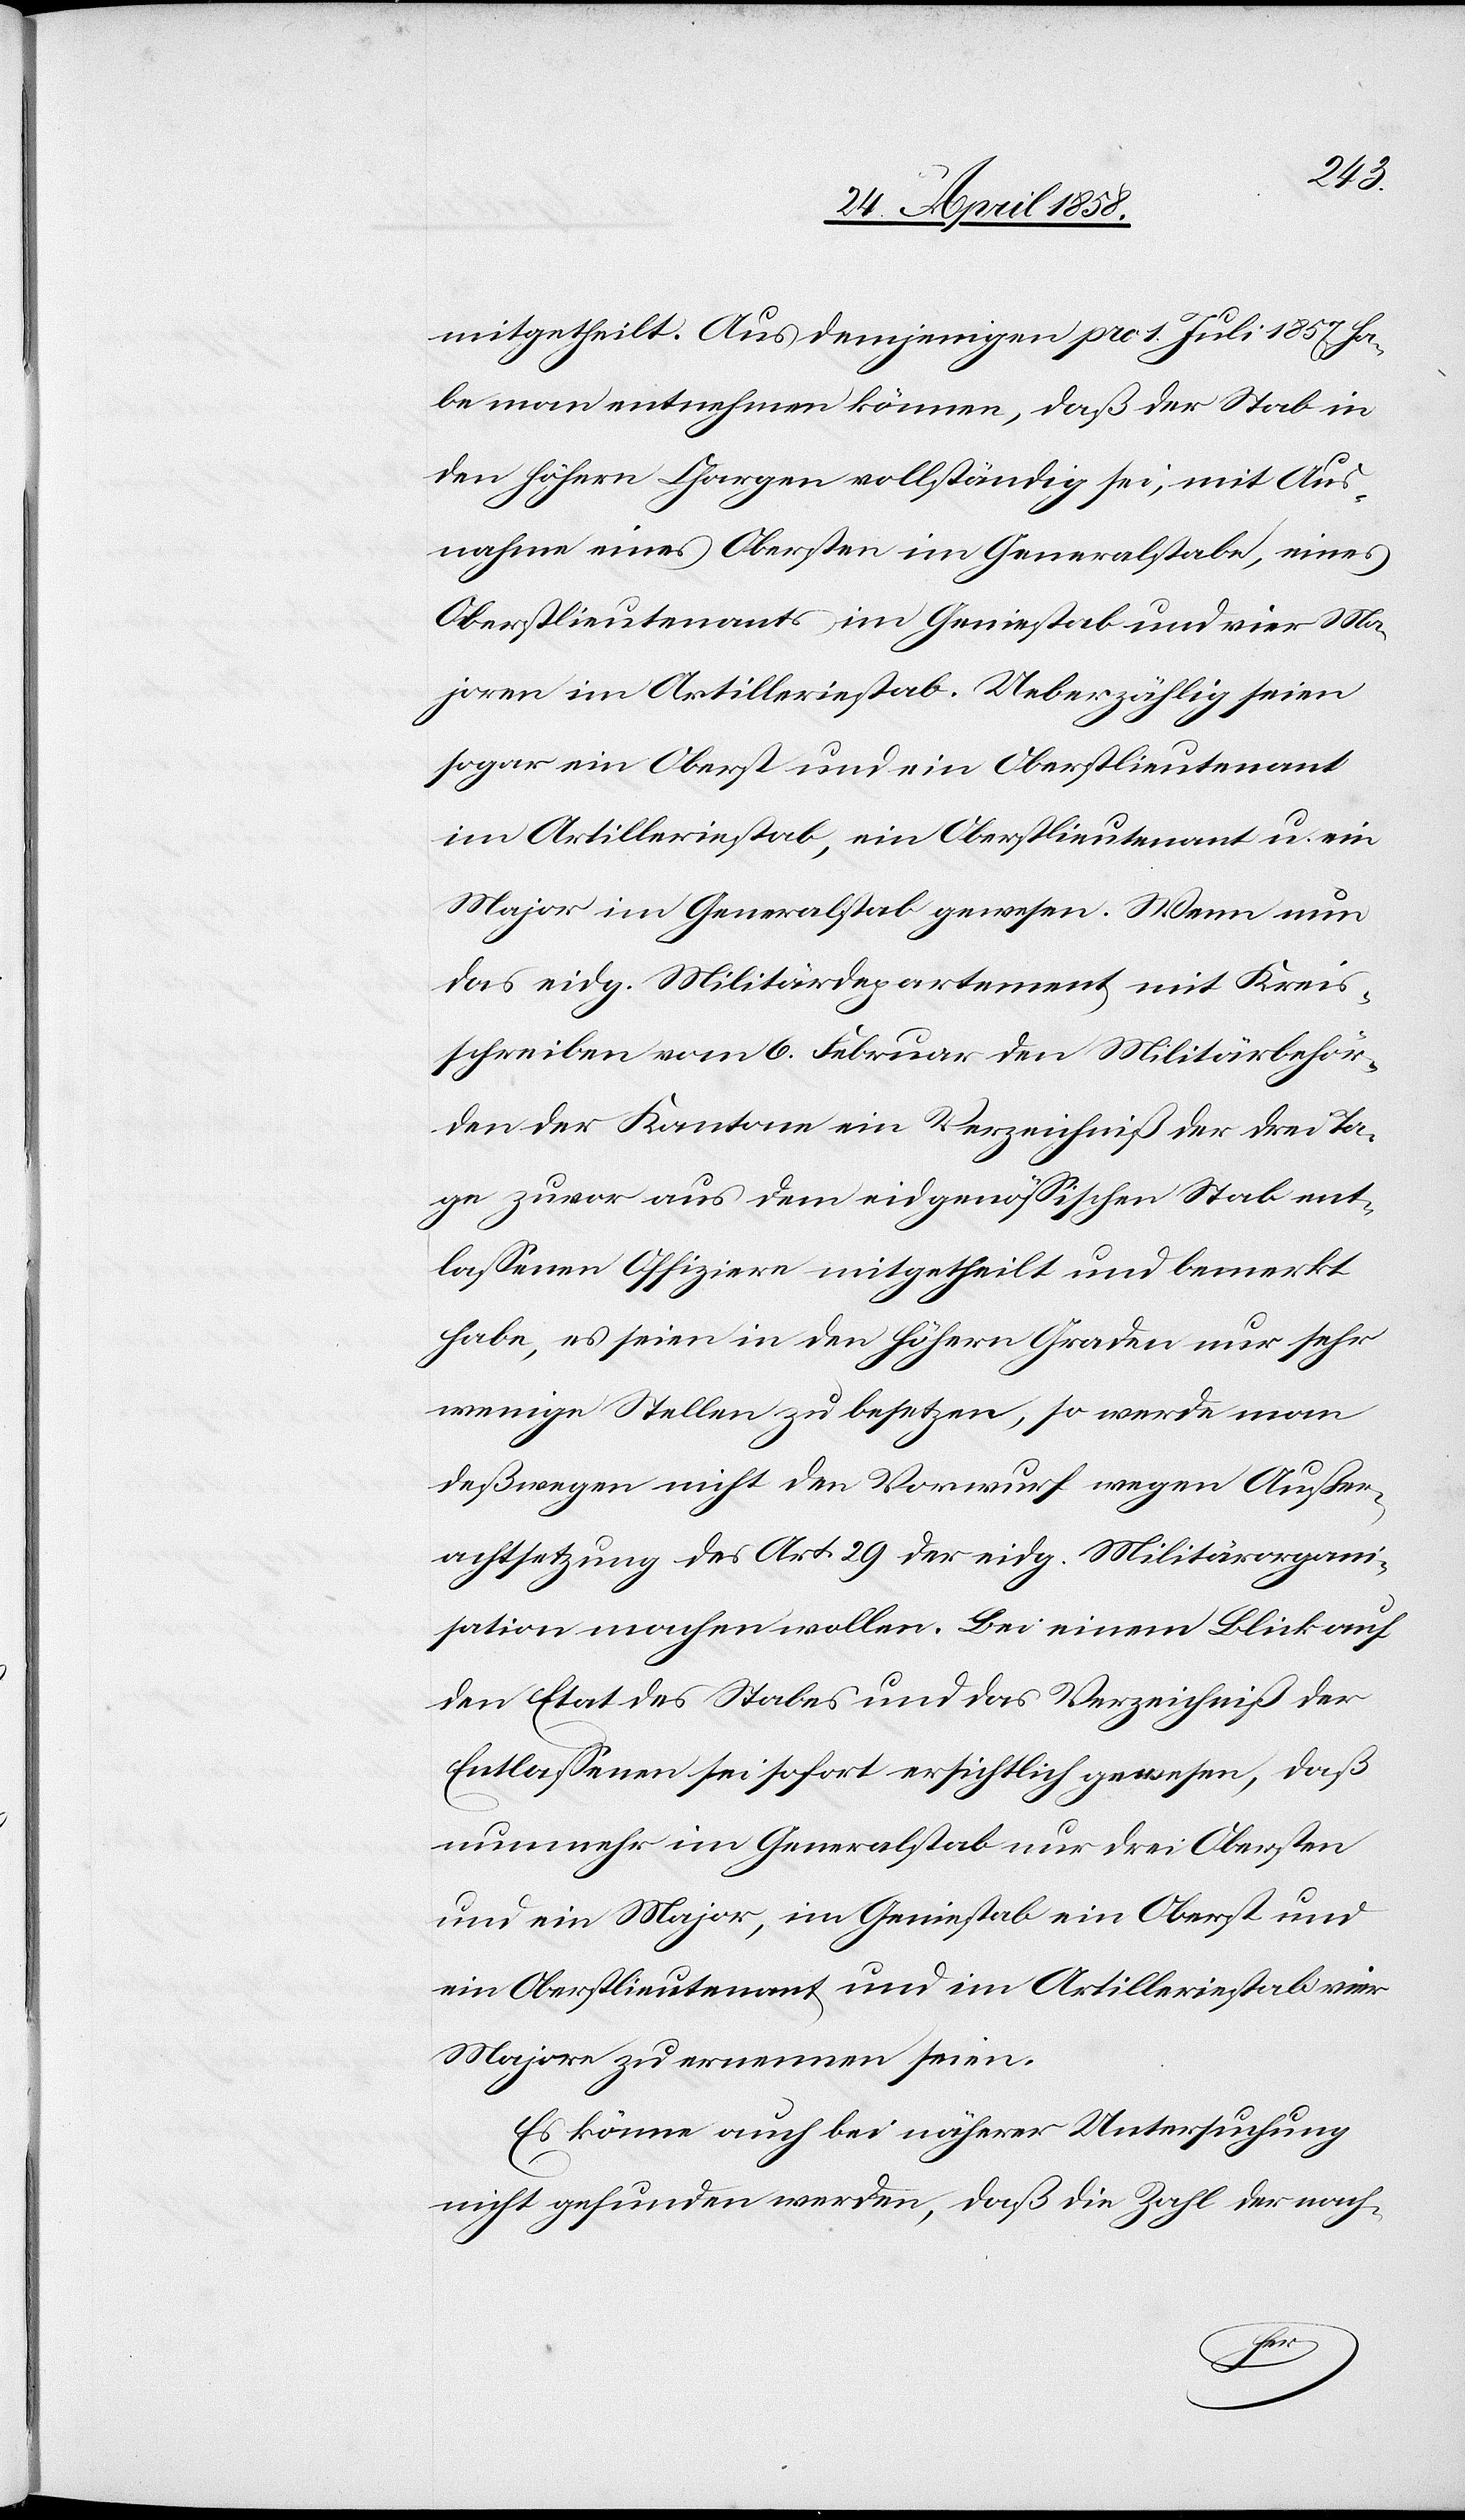
mitgetheilt. Aus demjenigen pro 1. Juli 1857 ha¬
be man entnehmen können, daß der Stab in
den höhern Chargen vollständig sei, mit Aus¬
nahme eines Obersten im Generalstab, eines
Oberstlieutenants im Geniestab und vier Ma¬
joren im Artilleriestab. Ueberzählig seien
sogar ein Oberst und ein Oberstlieutenant
im Artilleriestab, ein Oberstlieutenant u. ein
Major im Generalstab gewesen. Wenn nun
das eidg. Militärdepartement mit Kreis¬
schreiben vom 6. Februar den Militärbehör¬
den der Kantone ein Verzeichniß der drei Ta¬
ge zuvor aus dem eidgenössischen Stab ent¬
lassenen Offiziere mitgetheilt und bemerkt
habe, es seien in den höhern Graden nur sehr
wenige Stellen zu besetzen, so werde man
deßwegen nicht den Vorwurf wegen Außer¬
achtsetzung des Art. 29 der eidg. Militärorgani¬
sation machen wollen. Bei einem Blick auf
den Etat des Stabes und das Verzeichniß der
Entlassenen sei sofort ersichtlich gewesen, daß
nunmehr im Generalstab nur drei Obersten
und ein Major, im Geniestab ein Oberst und
ein Oberstlieutenant und im Artilleriestab vier
Majore zu ernennen seien.
Es könne auch bei näherer Untersuchung
nicht gefunden werden, daß die Zahl der nach-